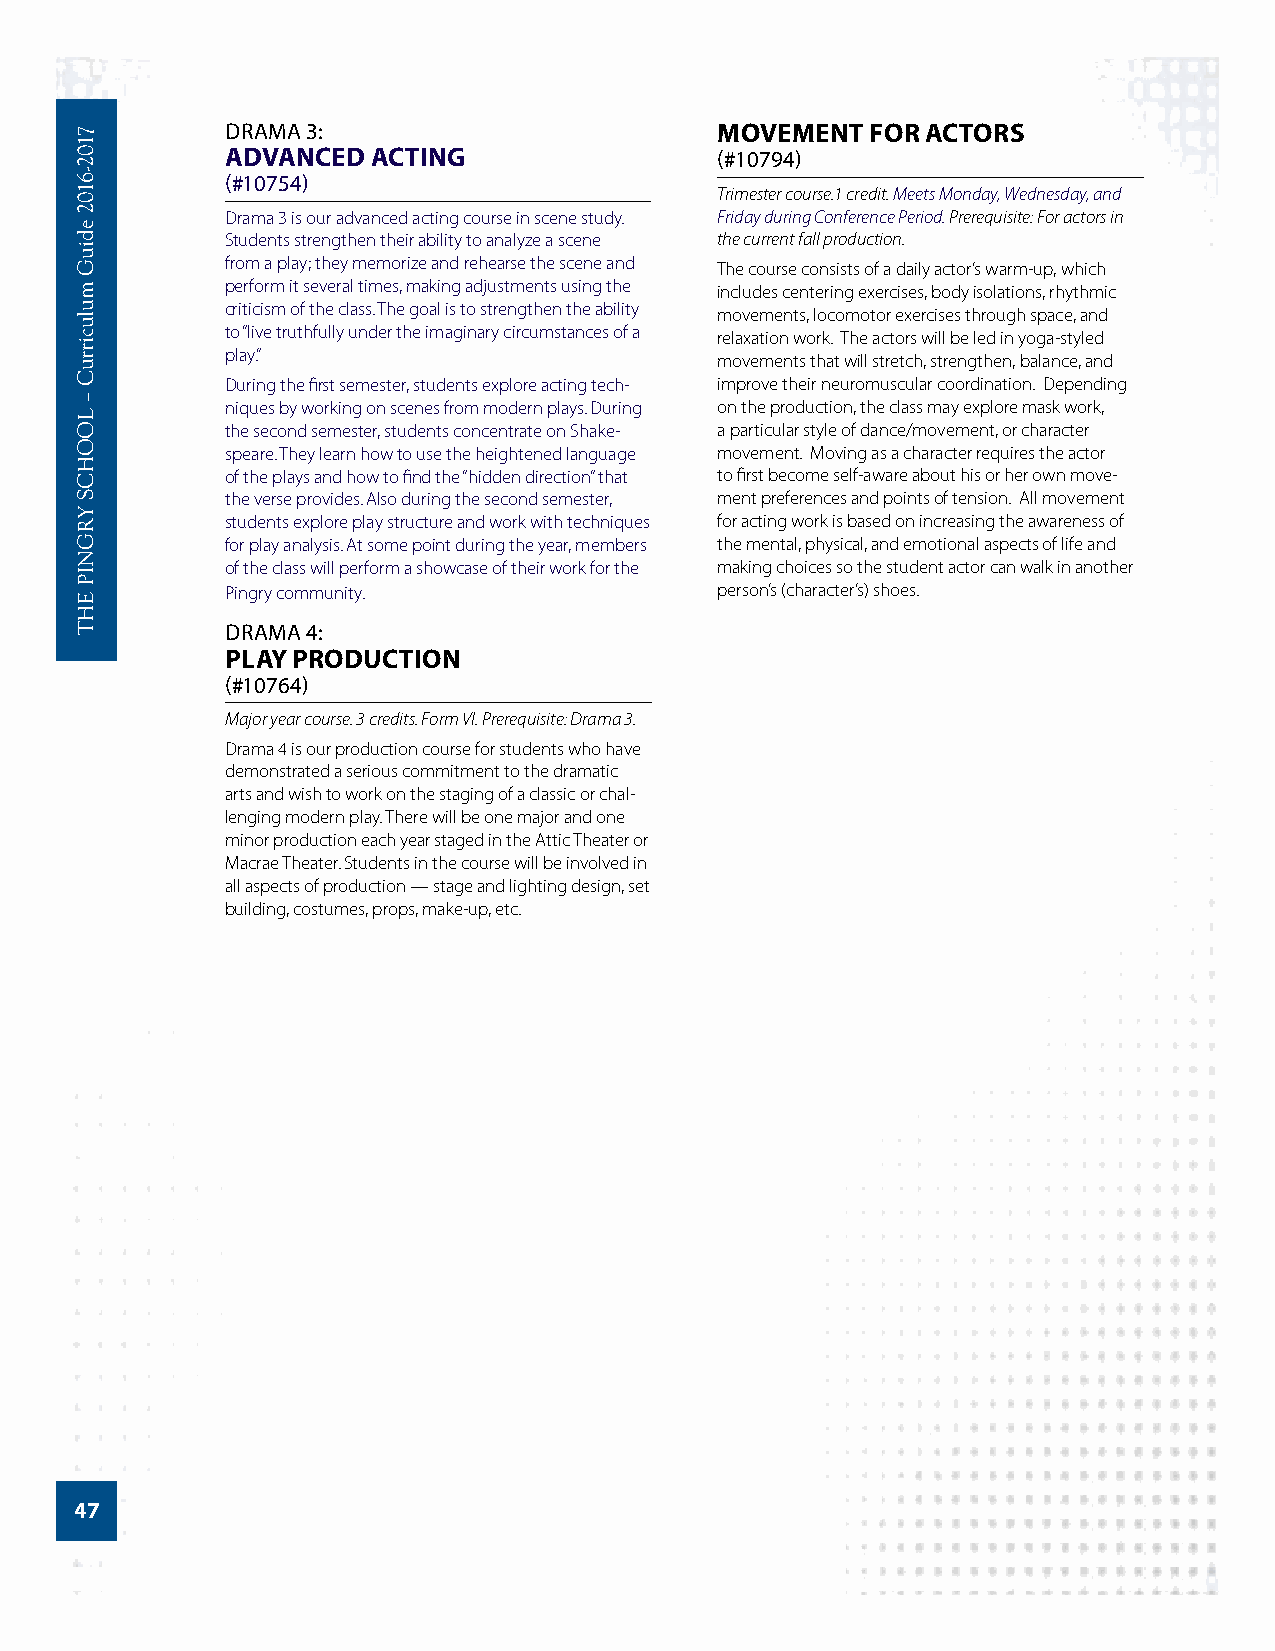
DRAMA 3:                         MOVEMENT  FOR ACTORS
 ADVANCED  ACTING                (#10794)
 (#10754)
 Trimester course.1 credit. Meets Monday, Wednesday, and
 Drama 3 is our advanced acting course in scene study. Friday during Conference Period. Prerequisite: For actors in
 Students strengthen their ability to analyze a scene the current fall production.
 from a play; they memorize and rehearse the scene and The course consists of a daily actor’s warm-up, which
 perform it several times, making adjustments using the includes centering exercises, body isolations, rhythmic
 criticism of the class. The goal is to strengthen the ability movements, locomotor exercises through space, and
 to “live truthfully under the imaginary circumstances of a relaxation work. The actors will be led in yoga-styled
 play.”                          movements that will stretch, strengthen, balance, and
 During the first semester, students explore acting tech- improve their neuromuscular coordination. Depending
 niques by working on scenes from modern plays. During on the production, the class may explore mask work,
 the second semester, students concentrate on Shake- a particular style of dance/movement, or character
 speare. They learn how to use the heightened language movement. Moving as a character requires the actor
 of the plays and how to find the “hidden direction” that to first become self-aware about his or her own move-
 the verse provides. Also during the second semester, ment preferences and points of tension. All movement
 students explore play structure and work with techniques for acting work is based on increasing the awareness of
 for play analysis. At some point during the year, members the mental, physical, and emotional aspects of life and
 of the class will perform a showcase of their work for the making choices so the student actor can walk in another
 Pingry community.               person’s (character’s) shoes.
 DRAMA 4:
 PLAY PRODUCTION
 (#10764)
 Major year course. 3 credits. Form VI. Prerequisite: Drama 3.
 Drama 4 is our production course for students who have
 demonstrated a serious commitment to the dramatic
 arts and wish to work on the staging of a classic or chal-
 lenging modern play. There will be one major and one
 minor production each year staged in the Attic Theater or
 Macrae Theater. Students in the course will be involved in
 all aspects of production — stage and lighting design, set
 building, costumes, props, make-up, etc.
 47
 7102-­6102
 ediuG
 mulucirruC
 –
 LOOHCS
 YRGNIP
 EHT